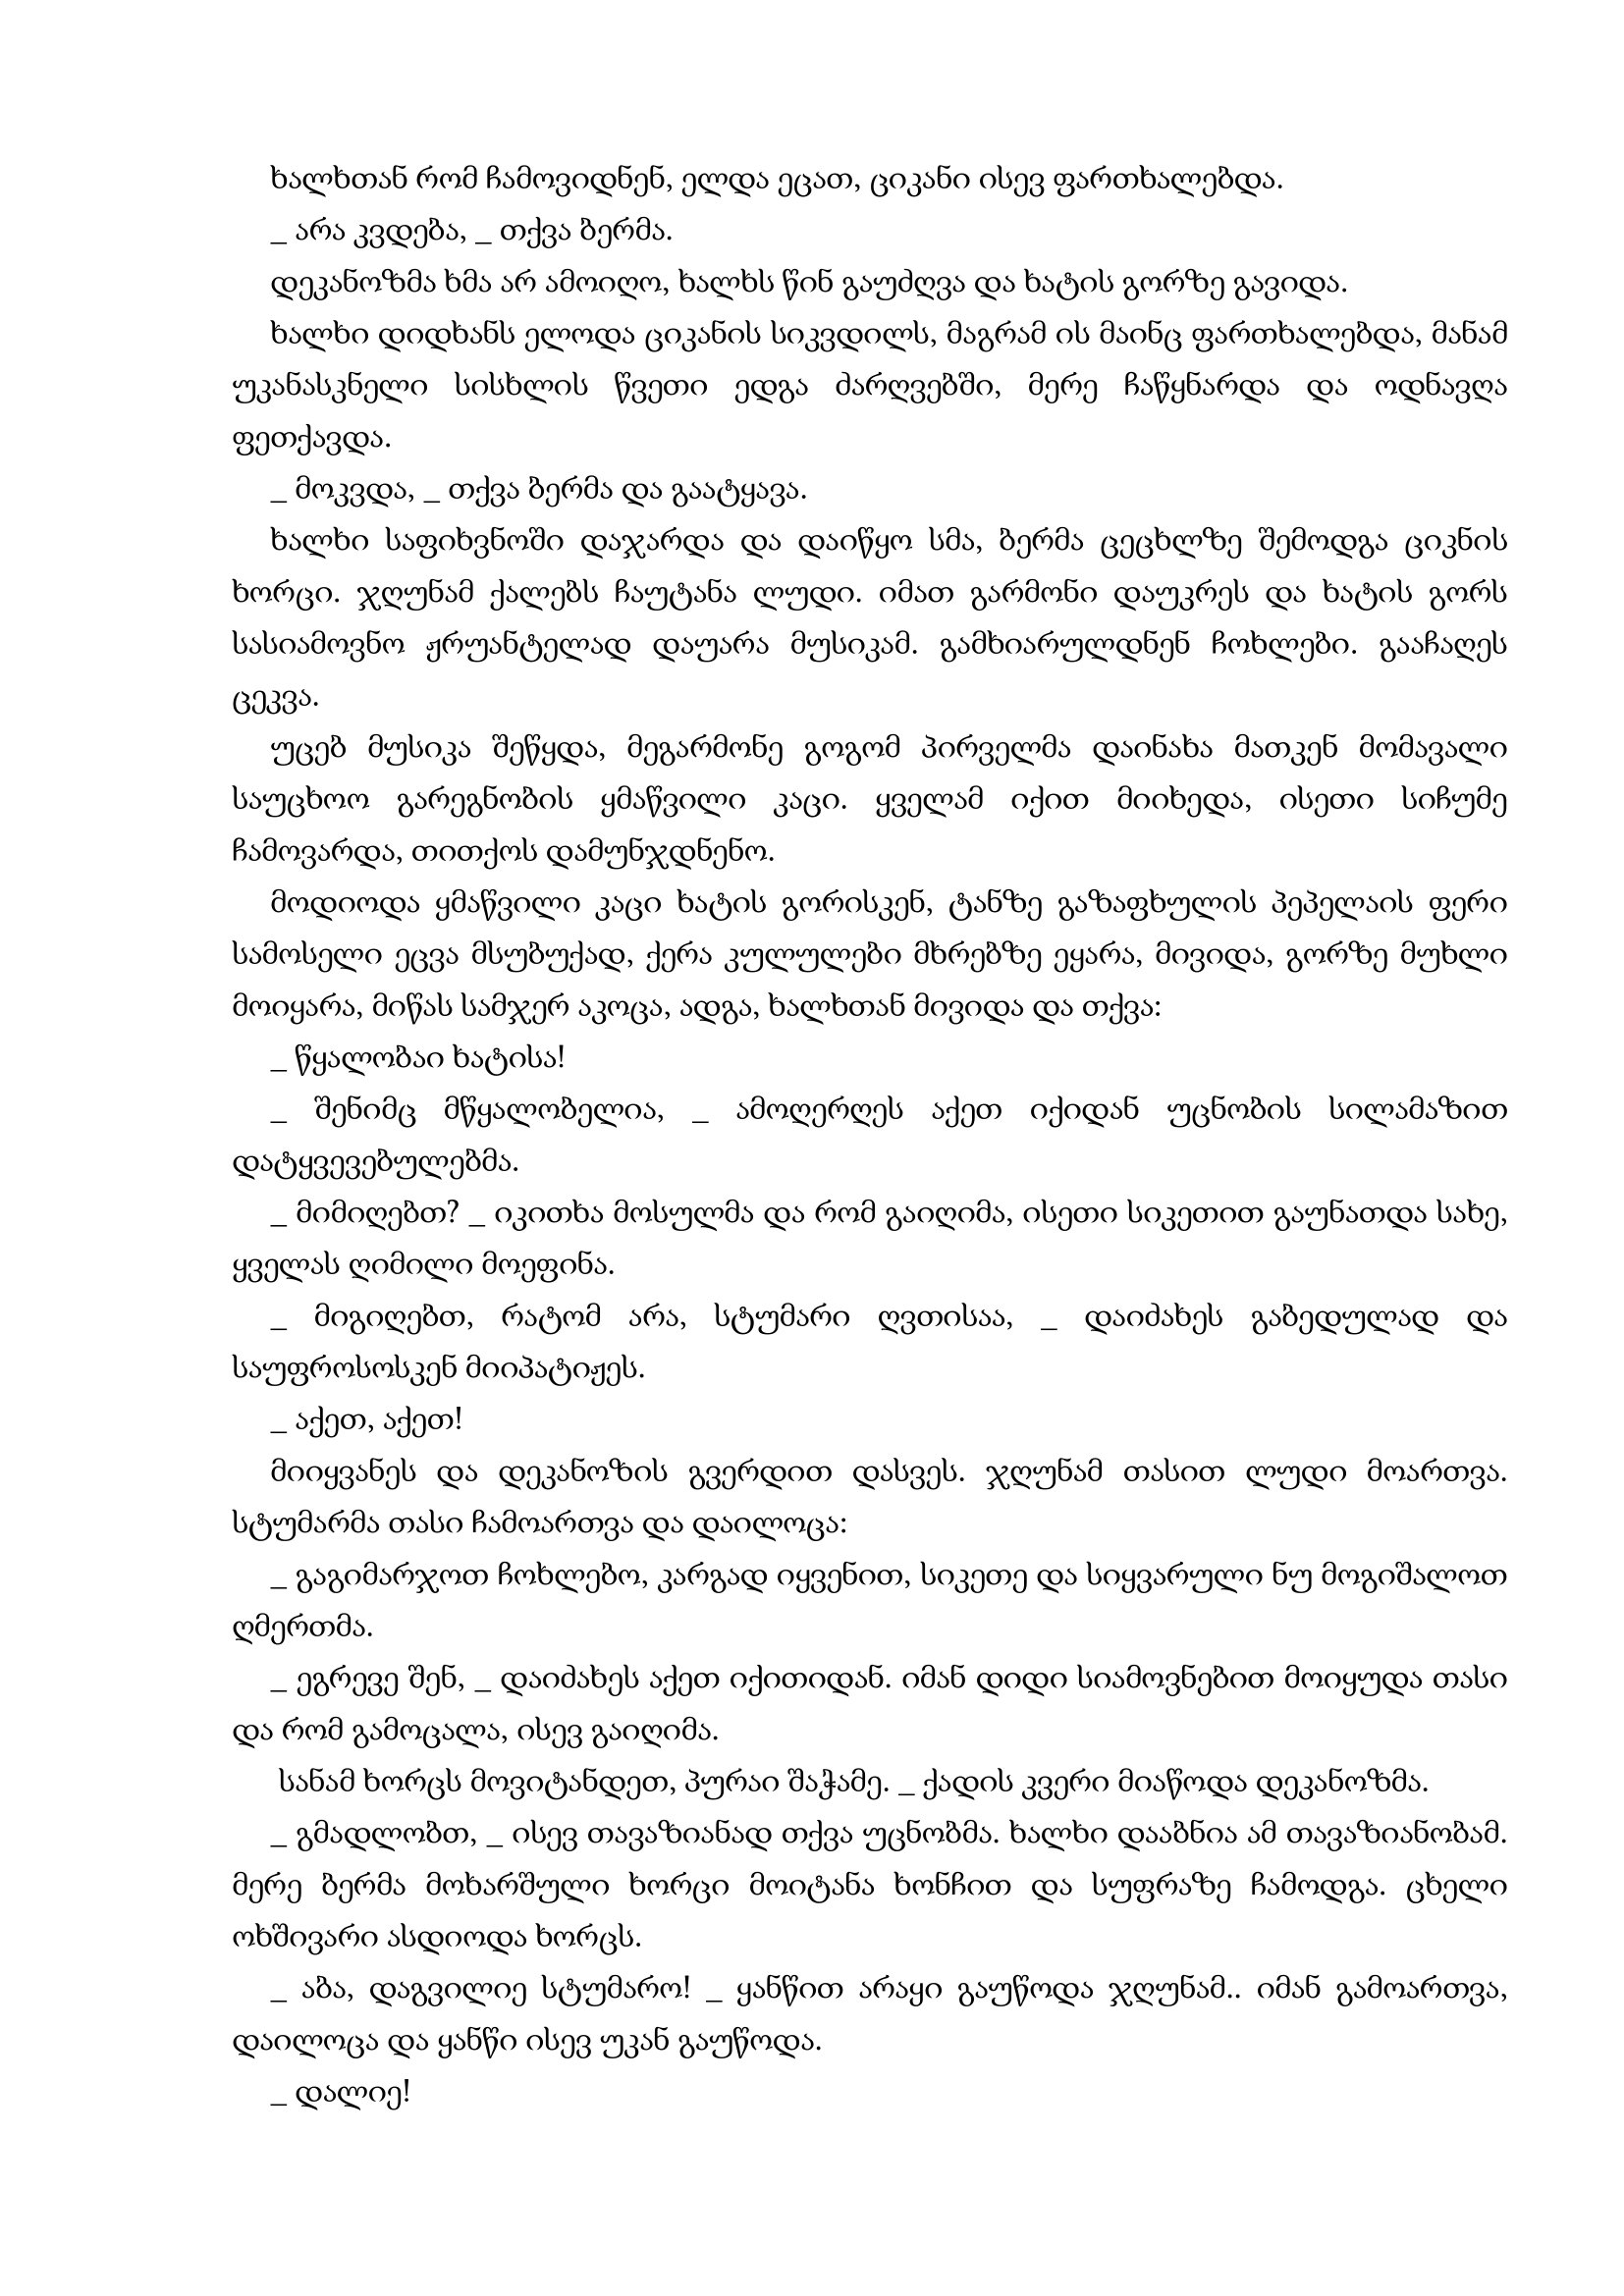
Language: gr